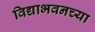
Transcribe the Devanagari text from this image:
विद्याभवनच्या